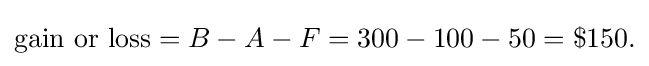
{\text{gain or loss}}=B-A-F=300-100-50=\$150{\text{.}}